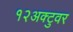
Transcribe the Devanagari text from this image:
१२अक्टुवर